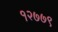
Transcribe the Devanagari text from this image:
१२७७९